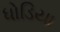
ધોડિયા